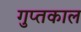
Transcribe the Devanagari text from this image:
गुप्‍तकाल